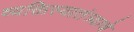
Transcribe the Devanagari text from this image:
व्यक्तिस्वातंत्र्याचे